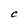
Character: C